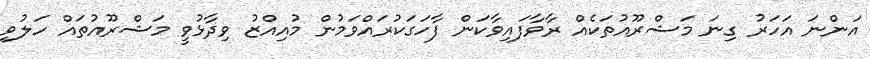
އަންނަ އަހަރު ގިނަ މަޝްރޫއުތަކެއް ރާވާފައިވާކަން ފާހަގަކުރައްވަމުން މުއިއްޒު ވިދާޅުވީ މަޝްރޫއުތައް ހަލުވި